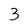
Character: 3